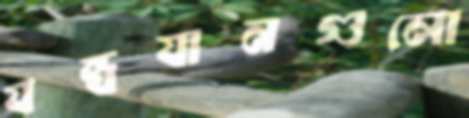
যন্ত্রযানগুলো